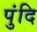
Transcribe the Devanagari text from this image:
पुंदि